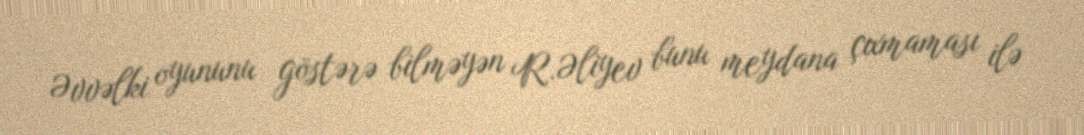
Əvvəlki oyununu göstərə bilməyən R.Əliyev bunu meydana çıxmaması ilə